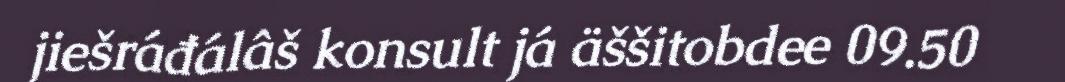
jiešráđálâš konsult já äššitobdee 09.50